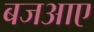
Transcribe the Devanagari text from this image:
बजआए